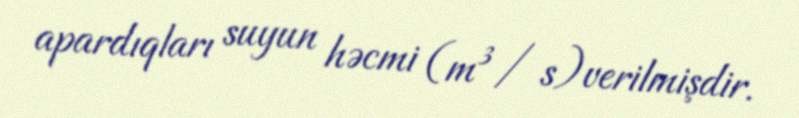
apardıqları suyun həcmi (m³/ s)verilmişdir.